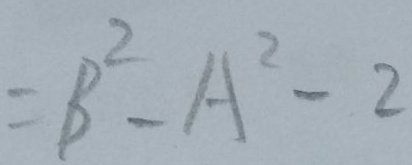
= B ^ { 2 } - A ^ { 2 } - 2